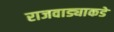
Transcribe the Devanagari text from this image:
राजवाड्याकडे